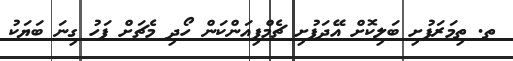
ތ. ތިމަރަފުށި ބަލިކޮށް އޭދަފުށި ޗެމްޕިއަންކަން ހޯދި މެޗަށް ފަހު ގިނަ ބަޔަކު